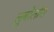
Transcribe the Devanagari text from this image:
लुबोलोस